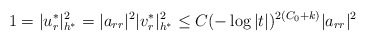
\begin{align*}1=|u_r^{\ast}|^2_{h^{\ast}}=|a_{rr}|^2|v_r^{\ast}|_{h^{\ast}}^2\le C(-\log |t|)^{2(C_0+k)}|a_{rr}|^2\end{align*}